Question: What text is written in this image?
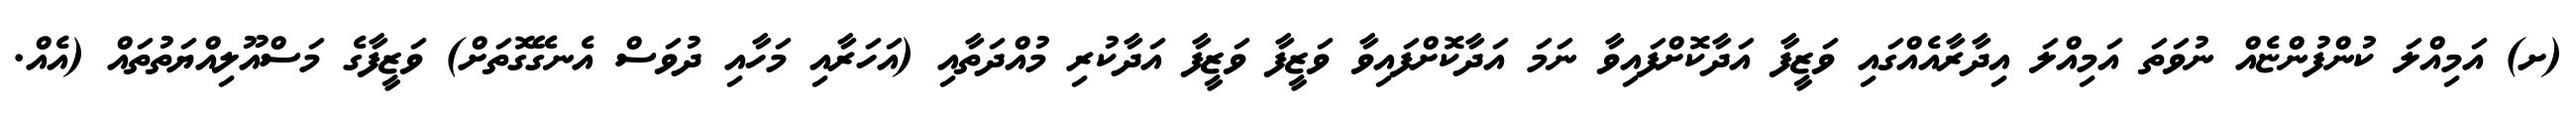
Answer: (ށ) އަމިއްލަ ކުންފުންޏެއް ނުވަތަ އަމިއްލަ އިދާރާއެއްގައި ވަޒީފާ އަދާކޮށްފައިވާ ނަމަ އަދާކޮށްފައިވާ ވަޒީފާ ވަޒީފާ އަދާކުރި މުއްދަތާއި (އަހަރާއި މަހާއި ދުވަސް އެނގޭގޮތަށް) ވަޒީފާގެ މަސްއޫލިއްޔަތުތައް (އެއް.